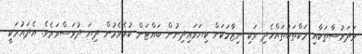
މަދަރުސާތަކާއި މަކްތަބުތައްހެދި ވަކި ނިޒާމަކަށް ކިޔަވައިދިނުން ބައްޓަން ކުރެވެމުން ދިޔަ ދުވަސްވަރެވެ. އެދައުރަކީ